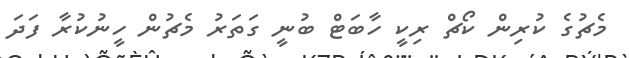
މެޗުގެ ކުރިން ކޯޗް ރިކީ ހާބަޓް ބުނީ ގަތަރު މެޗުން ހީނުކުރާ ފަދަ